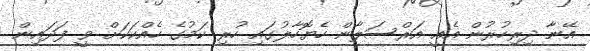
އޭނާ ދިރިހުރުން އެއީ އަރްސަލާން ހެޔޮހާލުގައި ހުރި ކަމުގެ ހެއްކަކަށް ވީ ފަދައިން